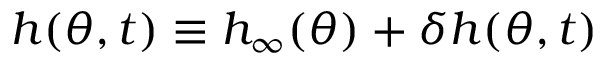
h ( \theta , t ) \equiv h _ { \infty } ( \theta ) + \delta h ( \theta , t )